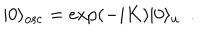
LaTeX: | 0 \rangle _ { \mathrm { o s c } } = \exp ( - i K ) | 0 \rangle _ { u } \ \ .